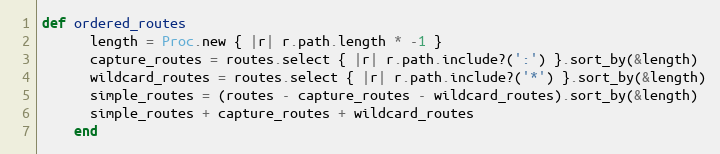
Language: Ruby
def ordered_routes
      length = Proc.new { |r| r.path.length * -1 }
      capture_routes = routes.select { |r| r.path.include?(':') }.sort_by(&length)
      wildcard_routes = routes.select { |r| r.path.include?('*') }.sort_by(&length)
      simple_routes = (routes - capture_routes - wildcard_routes).sort_by(&length)
      simple_routes + capture_routes + wildcard_routes
    end